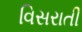
વિસરાતી